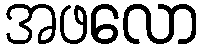
အဖလော